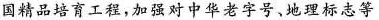
国精品培育工程，加强对中华老字号、地理标志等